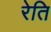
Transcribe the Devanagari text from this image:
रेति